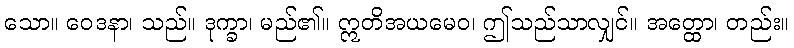
သော။ ဝေဒနာ၊ သည်။ ဒုက္ခာ၊ မည်၏။ ဣတိအယမေဝ၊ ဤသည်သာလျှင်။ အတ္ထော၊ တည်း။